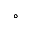
^ \circ